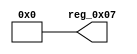
module r_USBTYPEC_REV_HIGH(output wire [7:0] reg_0x07);
	assign reg_0x07=8'h00;
endmodule